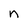
Character: n